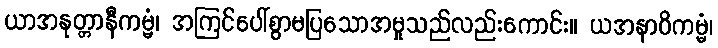
ယာအနုတ္တာနီကမ္မံ၊ အကြင်ပေါ်စွာမပြသောအမှုသည်လည်းကောင်း။ ယအနာဝိကမ္မံ၊